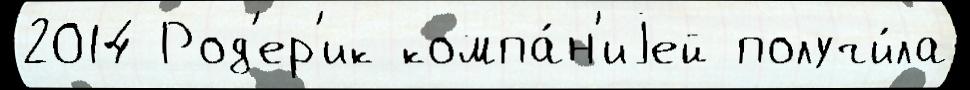
2014 Род'ер'ик компа́н'иjей получи́ла